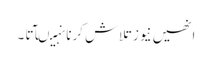
انھیں نیوز تلاش کرنا نہیںآتا ۔